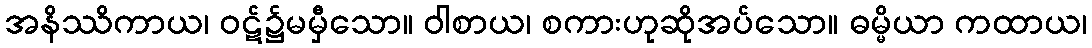
အနိဿိကာယ၊ ဝဋ်၌မမှီသော။ ဝါစာယ၊ စကားဟုဆိုအပ်သော။ ဓမ္မိယာ ကထာယ၊